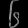
Digit: ၆